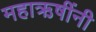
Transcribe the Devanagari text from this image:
महाऋषींनी